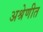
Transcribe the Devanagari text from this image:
अश्रेणीत